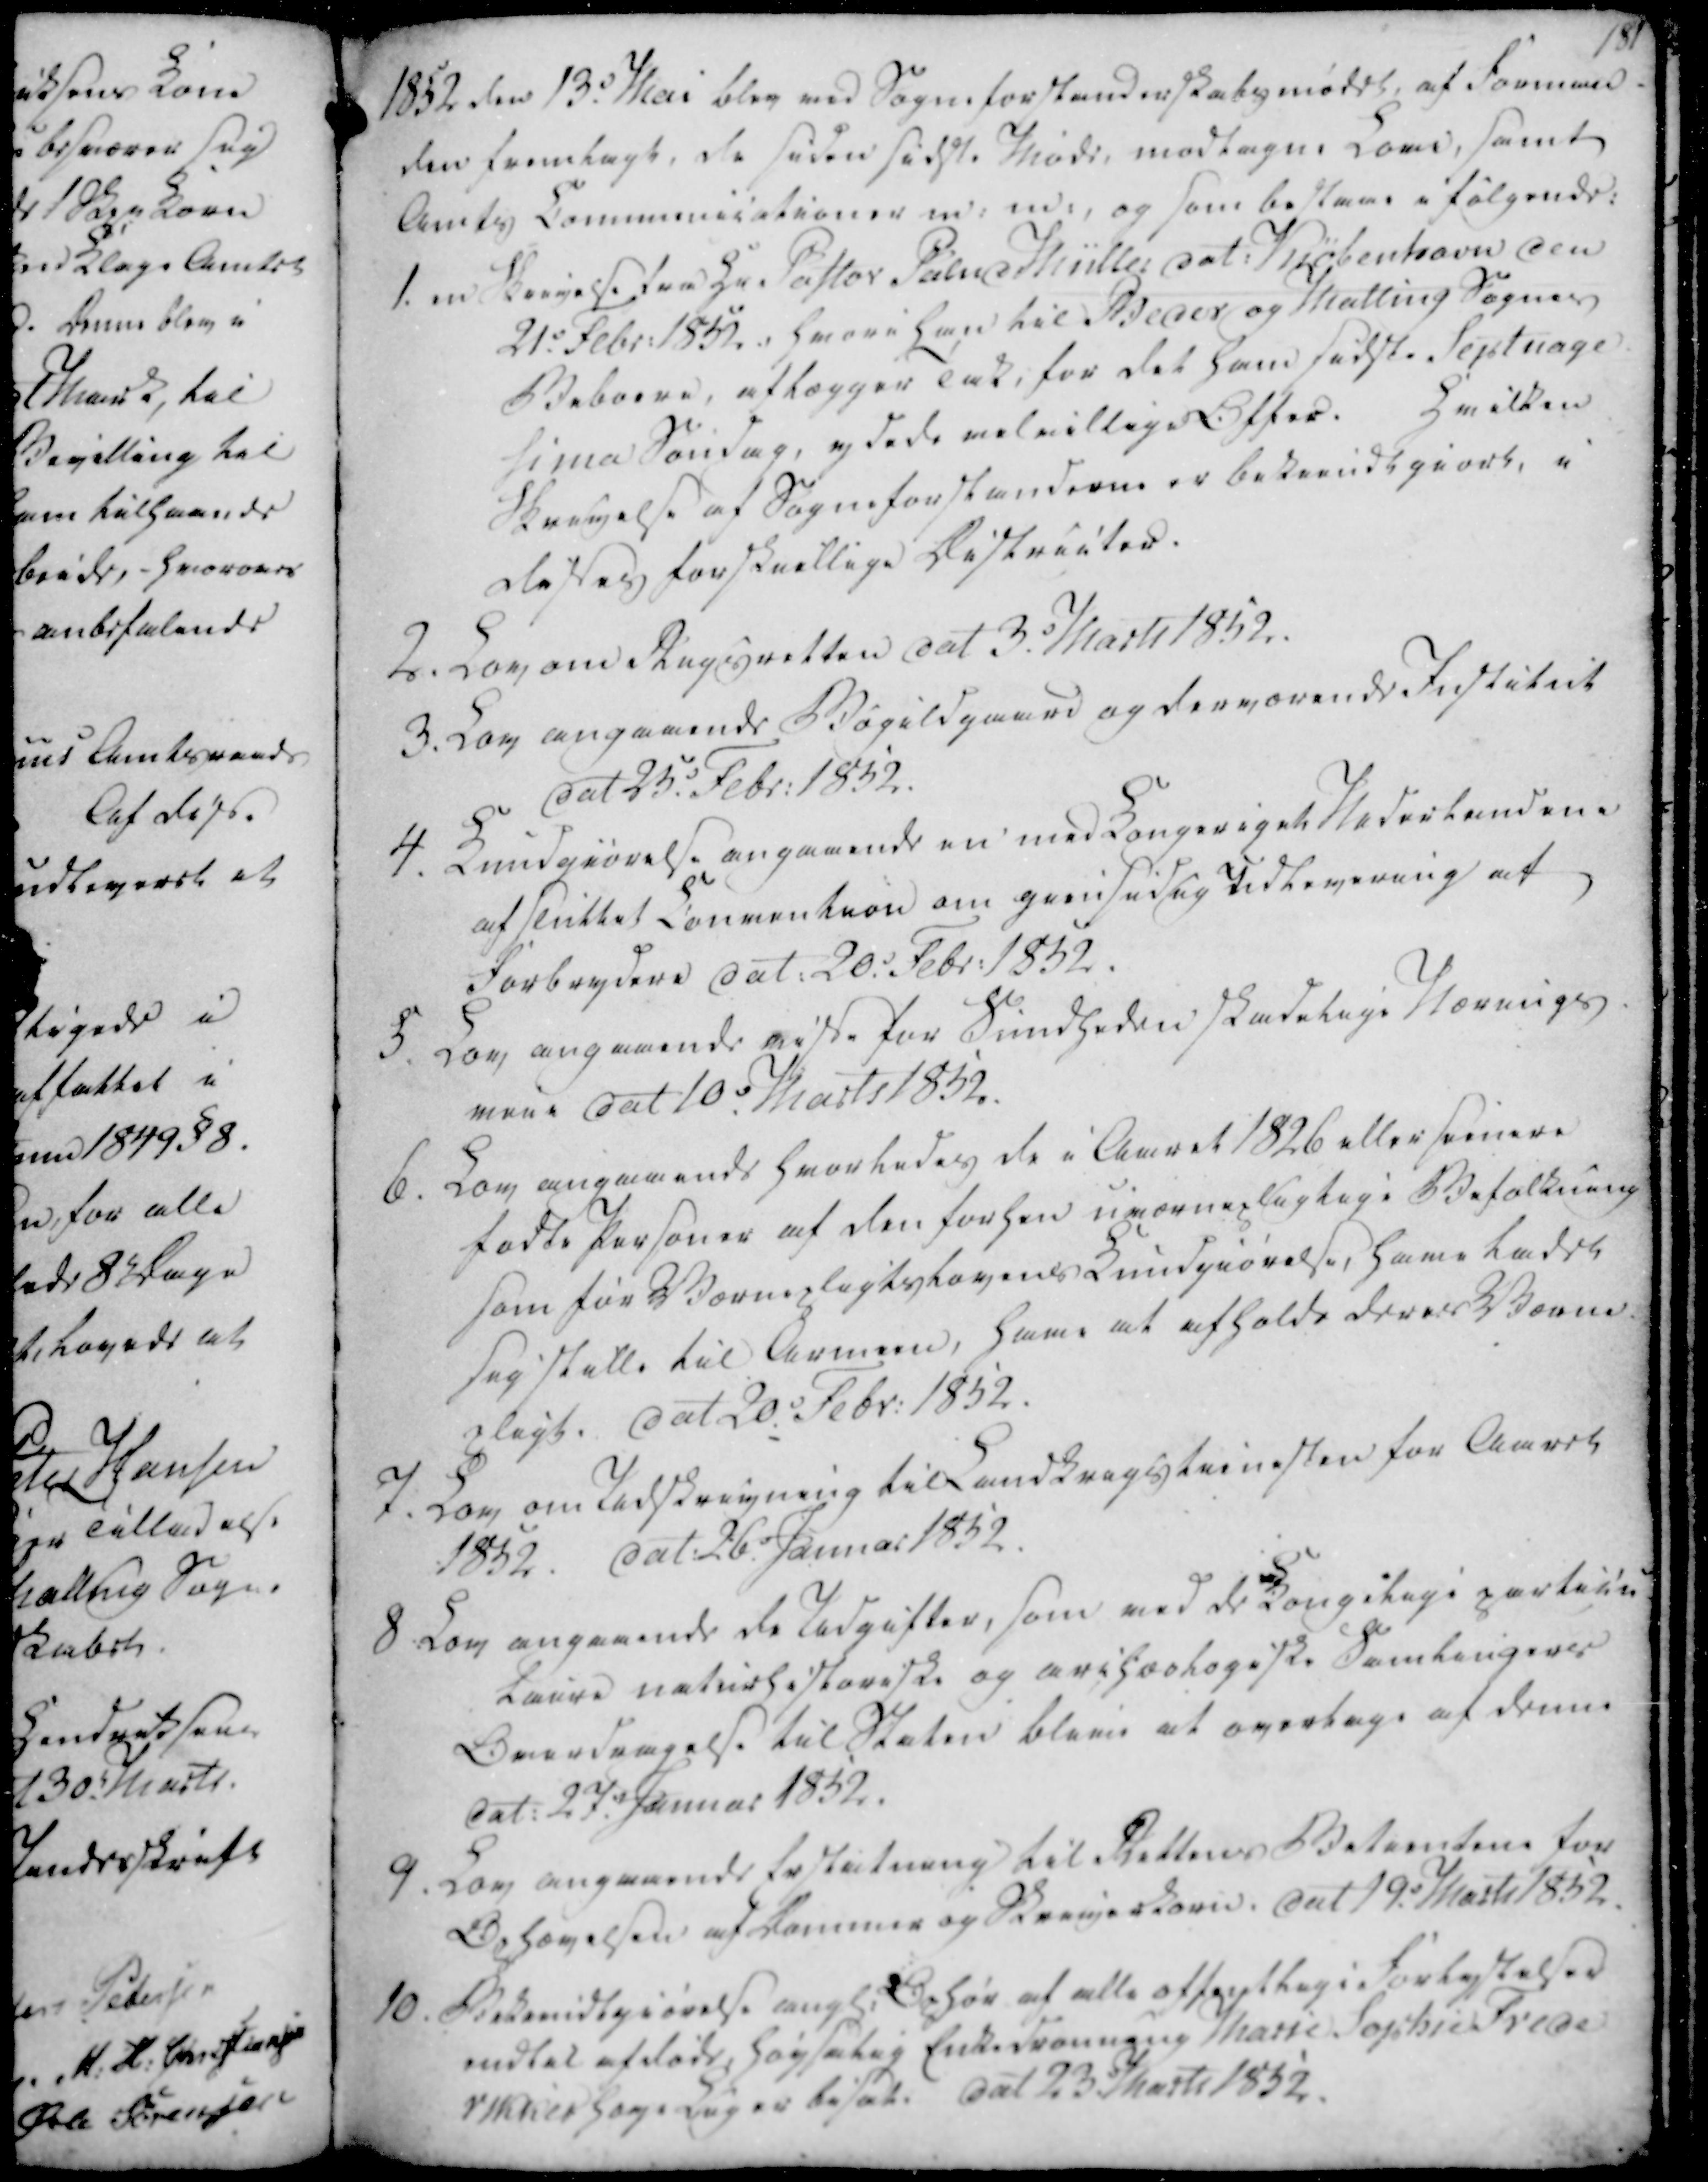
Transskription:
1852 den 13. Mai blev ved Sogneforstanderskabsmødet, af Forman-
den fremlagt, de siden sidste Møde, modtagne Love, samt
Amts Communicationer m.m., og som bestaae i følgende:
1. en Skrivelse fra Hr Pastor Palud. Müller dat. Kiøbenhavn den
21. Febr. 1852, hvori han til Beder og Malling Sognes
Beboere, aflægger Tak, for det ham sidste Septuage
sima Søndag, ydede velvillige Offer
Hvilken
Skrivelse af Sogneforstanderne er bekiendtgiort, i
disses forskellige Districter.

2. Lov om Rugsretten dat 3. Marts 1852.
3. Lov angaaende Bøgildgaard og derværende Institut
dat 25. Febr. 1852.
4. Kundgiørelse angaaende en med Kongeriget Nederlandene
afsluttet Convention om giensidig Udlevering af
Forbrydere dat. 20. Febr. 1852.
5. Lov angaaende visse for Sundheden skadelige Nærings
veie dat 10. Marts 1852.
6. Lov angaaende hvorledes de i Aaret 1826 eller senere
fødte Personer af den forhen uværnepligtige Befolkning
som før Værnepligtslovens Kundgiørelse, have ladet
sig stille til Armeen, have at afholde deres Værne-
pligt. Dat 20. Febr. 1852.

7. Lov om Udskrivning til Landkrigstienesten for Aaret
1852.
dat. 26. Januar 1852.
8 Lov angaaende de Udgifter, som ved de Kongelige partien
Laire naturhistoriske og arihæologiske Samlingers
Overdragelse til Staten blive at overtage af denne 
dat. 27. Januar 1852.
9. Lov angaaende Erstatning til Rettens Betientene for
Ophævelsen af Dommer og Skriverkorn. dat 19. Marts 1852.
10. Bekiendtgiørelse angl. Ophør af alle offentlige Forlystelser
endtel afdøde, Høysalig Enkedronning Marie Sophie Frede-
rikke høye Lug er bisat. dat 23 Marts 1852.